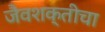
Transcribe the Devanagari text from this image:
जैवशक्तीचा